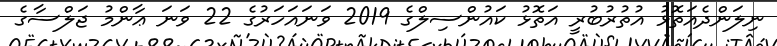
ނިލަންދެއަތޮޅު އުތުރުބުރީ އަތޮޅު ކައުންސިލްގެ 2019 ވަނައަހަރުގެ 22 ވަނަ ޢާންމު ޖަލްސާގެ